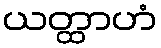
ယတ္ထာဟံ